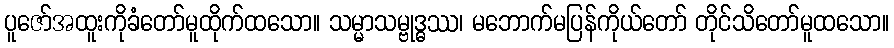
ပူဇော်အထူးကိုခံတော်မူထိုက်ထသော။ သမ္မာသမ္ဗုဒ္ဓဿ၊ မဘောက်မပြန်ကိုယ်တော် တိုင်သိတော်မူထသော။